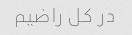
در کل راضیم